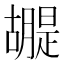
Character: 𮍂